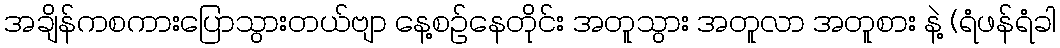
အချိန်ကစကားပြောသွားတယ်ဗျာ နေ့စဉ်နေတိုင်း အတူသွား အတူလာ အတူစား နဲ့ (ရံဖန်ရံခါ